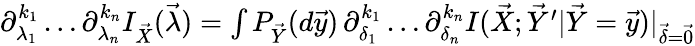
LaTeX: \begin{array}{r}{\partial_{\lambda_{1}}^{k_{1}}\dots\partial_{\lambda_{n}}^{k_{n}}I_{\vec{X}}(\vec{\lambda})=\int P_{\vec{Y}}(d\vec{y})\, \partial_{\delta_{1}}^{k_{1}}\dots\partial_{\delta_{n}}^{k_{n}}I(\vec{X};\vec{Y}^{\prime}|\vec{Y}=\vec{y})|_{\vec{\delta}=\vec{0}}}\end{array}